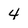
Character: 4